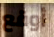
أوقع